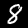
Digit: 8